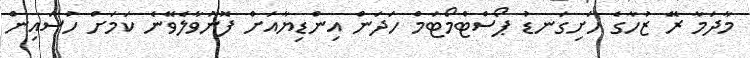
މާދަމާ ރޭ ޒުހާގެ ހަށިގަނޑު ޕޯސްޓްމޯޓަމް ހަދަން އިންޑިޔާއަށް ފޮނުވާލެވޭނެ ކަމަށް ހުސައިން